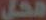
محل